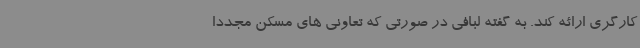
کارگری ارائه کند. به گفته لبافی در صورتی که تعاونی های مسکن مجددا